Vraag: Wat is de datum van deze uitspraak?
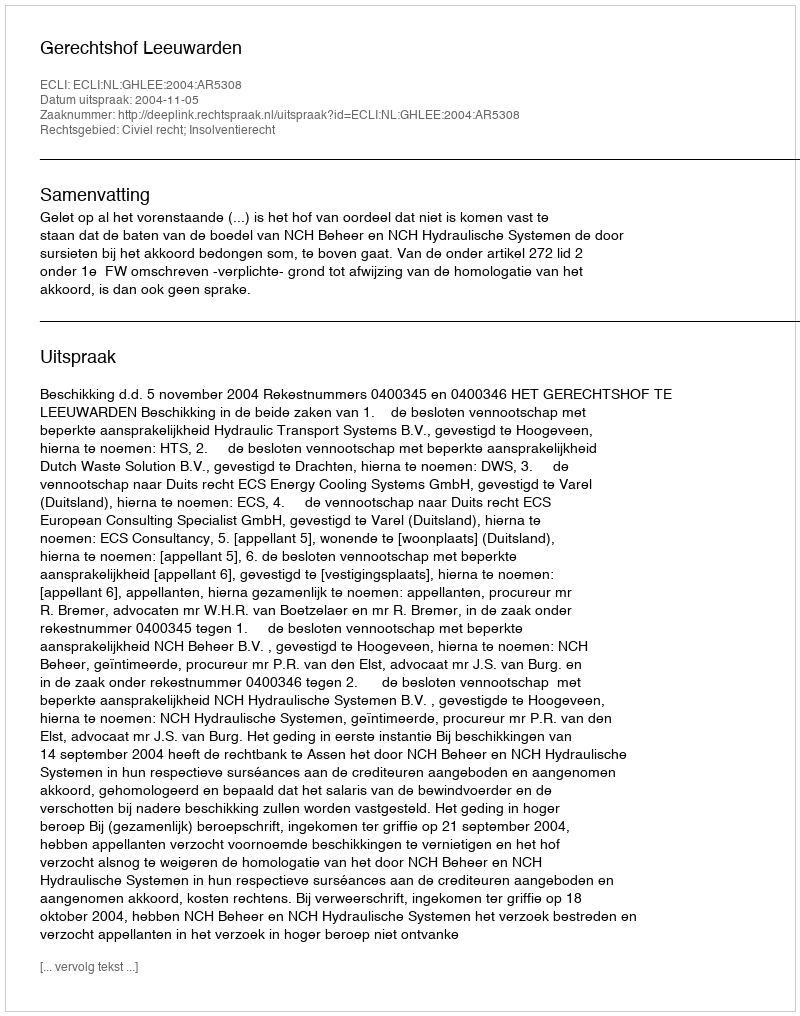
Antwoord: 2004-11-05